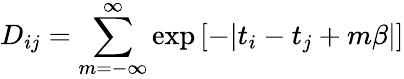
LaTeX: D_{ij}=\sum_{m=-\infty}^{\infty}\exp\left[-|t_{i}-t_{j}+m\beta|\right]